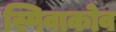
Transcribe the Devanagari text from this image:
स्पिवाकोव